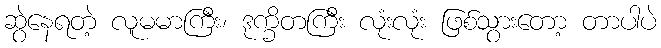
ဆွဲနေရတဲ့ လူမမာကြီး၊ ဒုက္ခိတကြီး လုံးလုံး ဖြစ်သွားတော့ တာပါပဲ